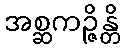
အစ္ဆကဉ္ဇိန္တိ